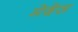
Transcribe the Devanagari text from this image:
मेदेस